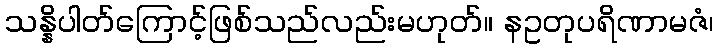
သန္နိပါတ်ကြောင့်ဖြစ်သည်လည်းမဟုတ်။ နဥတုပရိဏာမဇံ၊